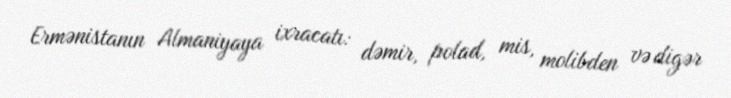
Ermənistanın Almaniyaya ixracatı: dəmir, polad, mis, molibden və digər